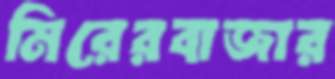
মিরেরবাজার